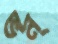
ভন্